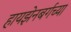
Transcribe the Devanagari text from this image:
हायझेनबर्गच्या